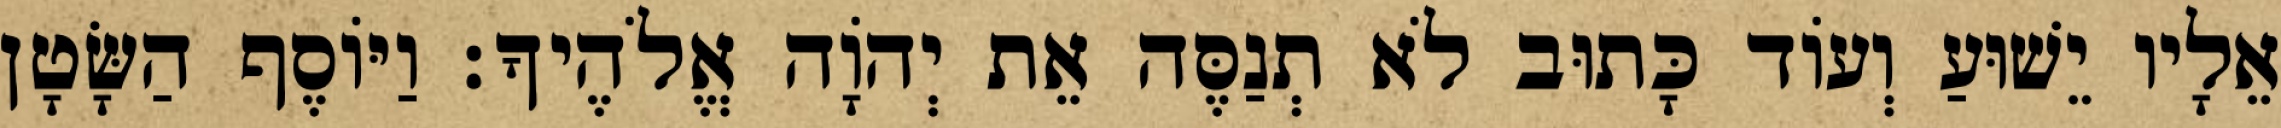
אֵלָיו יֵשׁוּעַ וְעוֹד כָּתוּב לֹא תְנַסֶּה אֵת יְהוָֹה אֱלֹהֶיךָ׃ וַיּוֹסֶף הַשָּׂטָן